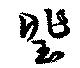
琲